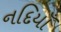
નદિયાઁ